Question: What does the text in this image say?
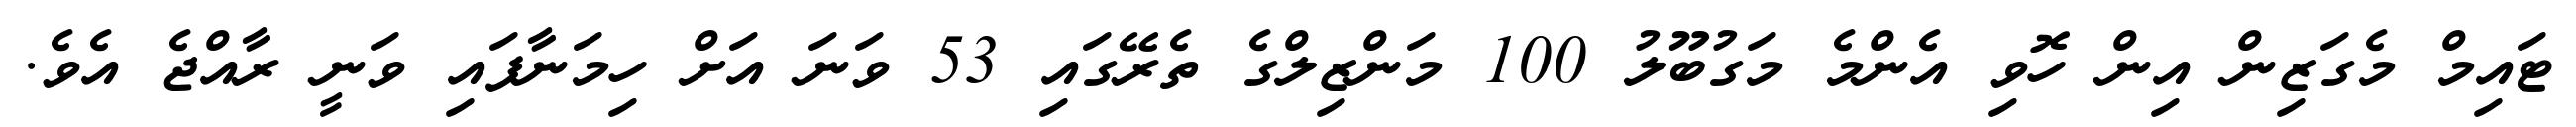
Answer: ޓައިމް މެގަޒިން އިން ހޮވި އެންމެ މަގުބޫލު 100 މަންޒިލްގެ ތެރޭގައި 53 ވަނަ އަށް ހިމަނާފައި ވަނީ ރާއްޖެ އެވެ.